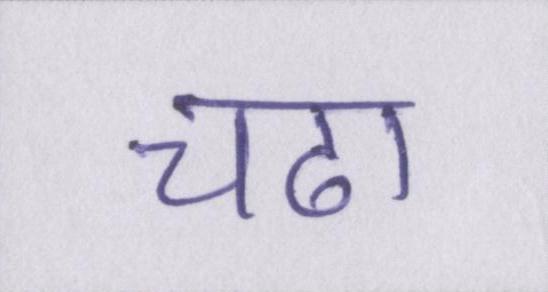
चढा